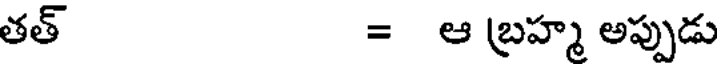
తత్ = ఆ బ్రహ్మ అప్పుడు